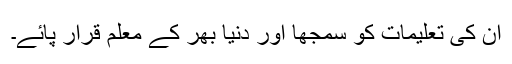
ان کی تعلیمات کو سمجھا اور دنیا بھر کے معلم قرار پائے۔